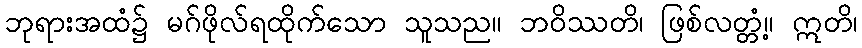
ဘုရားအထံ၌ မဂ်ဖိုလ်ရထိုက်သော သူသည။ ဘဝိဿတိ၊ ဖြစ်လတ္တံ့။ ဣတိ၊